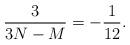
LaTeX: \begin{align*}\frac{3}{3N-M} = -\frac{1}{12}.\end{align*}